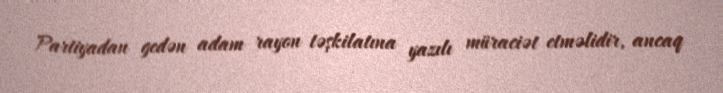
Partiyadan gedən adam rayon təşkilatına yazılı müraciət etməlidir, ancaq